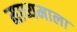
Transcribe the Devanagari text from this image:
माध्यमाला